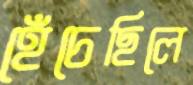
হেঁচেছিলে